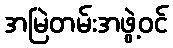
အမြဲတမ်းအဖွဲ့ဝင်